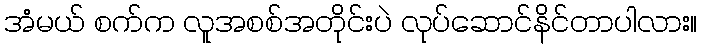
အံမယ် စက်က လူအစစ်အတိုင်းပဲ လုပ်ဆောင်နိင်တာပါလား။